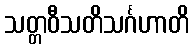
သတ္တဝီသတိသင်္ဂဟာတိ